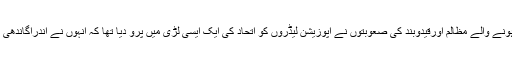
ایمرجنسی میں ہونے والے مظالم اورقیدوبند کی صعوبتوں نے اپوزیشن لیڈروں کو اتحاد کی ایک ایسی لڑی میں پرو دیا تھا کہ انہوں نے اندراگاندھی کا تختہ پلٹ دیا۔